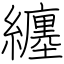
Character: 纏